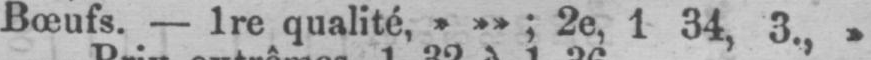
Bœufs. - 1re qualité, »»»; 2e, 1 34, 3., »